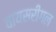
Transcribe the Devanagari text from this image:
वायसरीगल